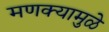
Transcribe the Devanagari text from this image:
मणक्यामुळे